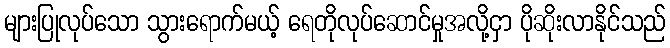
များပြုလုပ်သော သွားရောက်မယ့် ရေတိုလုပ်ဆောင်မှုအလို့ငှာ ပိုဆိုးလာနိုင်သည်